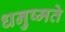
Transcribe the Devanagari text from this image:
धनुष्मते